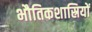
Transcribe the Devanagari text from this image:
भौतिकशास्रियों